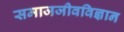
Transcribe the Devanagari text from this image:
समाजजीवविज्ञान